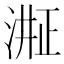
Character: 𬈈